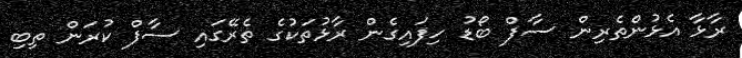
ރާޅާ އެޅުންތެރިން ސާފް ބޯޑު ހިފައިގެން ރާޅުތަކުގެ ތެރޭގައި ސާފް ކުރަން ތިބި